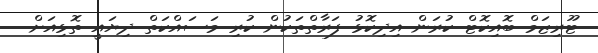
ޓޫރިޒަމް ބޮއިކޮޓް ކުރަން އިދިކޮޅު ފަރާތްތަކުން ކުރި މަސައްކަތް ދިޔައީ ތޮޅިއަށް